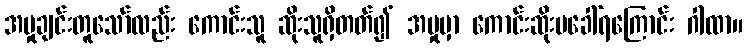
အမှုချင်းတူသော်လည်း ကောင်းသူ ဆိုးသူရှိတတ်၍ အမှုမှာ ကောင်းဆိုးမခေါ်ရကြောင်း ဂါထာ။